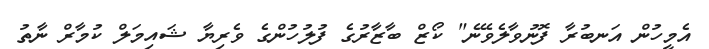
އެމީހުން އަނބުރާ ފޮނުވާލެވޭނެ" ކޯޒް ބާޒާރުގެ ފުލުހުންގެ ވެރިޔާ ޝައިމަލް ކުމާރް ނާތު